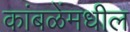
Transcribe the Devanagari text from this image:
कांबळेंमधील